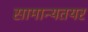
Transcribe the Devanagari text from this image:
सामान्यतयर